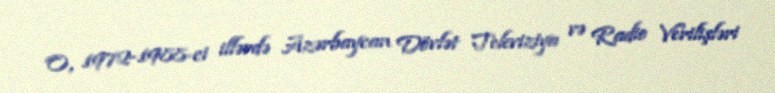
O, 1972-1988-ci illərdə Azərbaycan Dövlət Televiziya və Radio Verilişləri